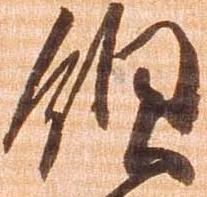
領